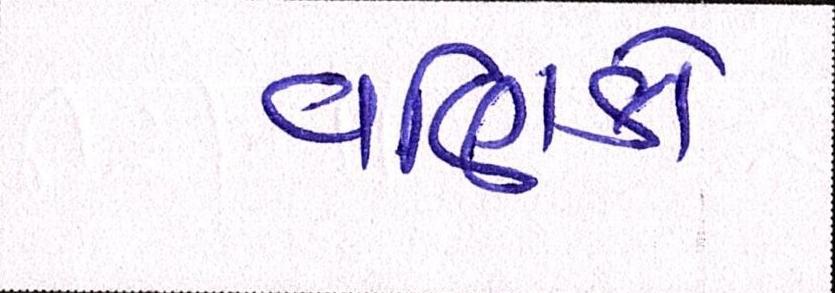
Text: વણિકો